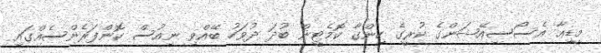
މީޑިއާ އެސޯސިއޭޝަންގެ ކުރީގެ ހިންގާ ކޮމެޓީން ބުދަ ދުވަހު ބޭއްވި ނިއުސް ކޮންފަރެންސެއްގައި